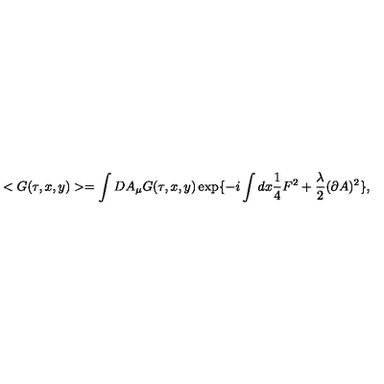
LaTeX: < G ( \tau , x , y ) > = \int D A _ { \mu } G ( \tau , x , y ) \exp \{ - i \int d x \frac { 1 } { 4 } F ^ { 2 } + \frac { \lambda } { 2 } ( \partial A ) ^ { 2 } \} ,